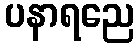
ပနာရညေ